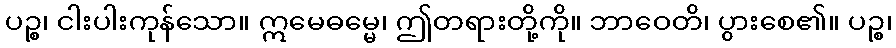
ပဉ္စ၊ ငါးပါးကုန်သော။ ဣမေဓမ္မေ၊ ဤတရားတို့ကို။ ဘာဝေတိ၊ ပွားစေ၏။ ပဉ္စ၊